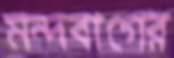
মন্দবাগের